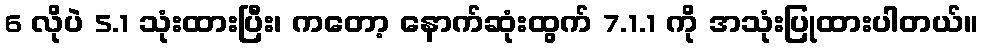
6 လိုပဲ 5.1 သုံးထားပြီး၊ ကတော့ နောက်ဆုံးထွက် 7.1.1 ကို အသုံးပြုထားပါတယ်။